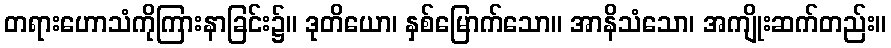
တရားဟောသံကိုကြားနာခြင်း၌။ ဒုတိယော၊ နှစ်မြောက်သော။ အာနိသံသော၊ အကျိုးဆက်တည်း။